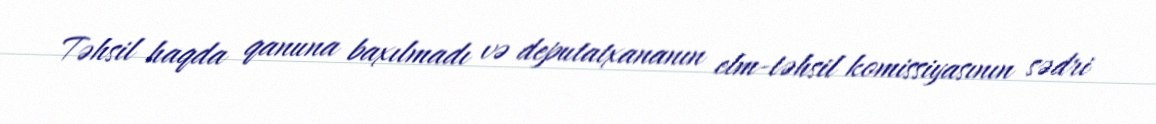
Təhsil haqda qanuna baxılmadı və deputatxananın elm-təhsil komissiyasının sədri